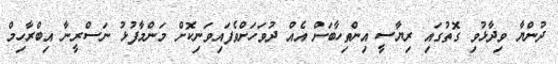
ދުންޔާ ވިދާޅުވި ގޮތުގައި ރިޔާސީ އިންތިހާބަށް އެއް ދުވަހަށްވެފައިވަނިކޮށް މަންމާފުޅު ނަސްރީނާ އިބްރާހިމް